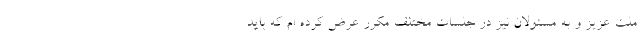
ملت عزیز و به مسئولان نیز در جلسات مختلف مکرر عرض کرده ام که باید